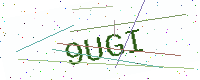
Text: 9UGI